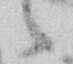
候